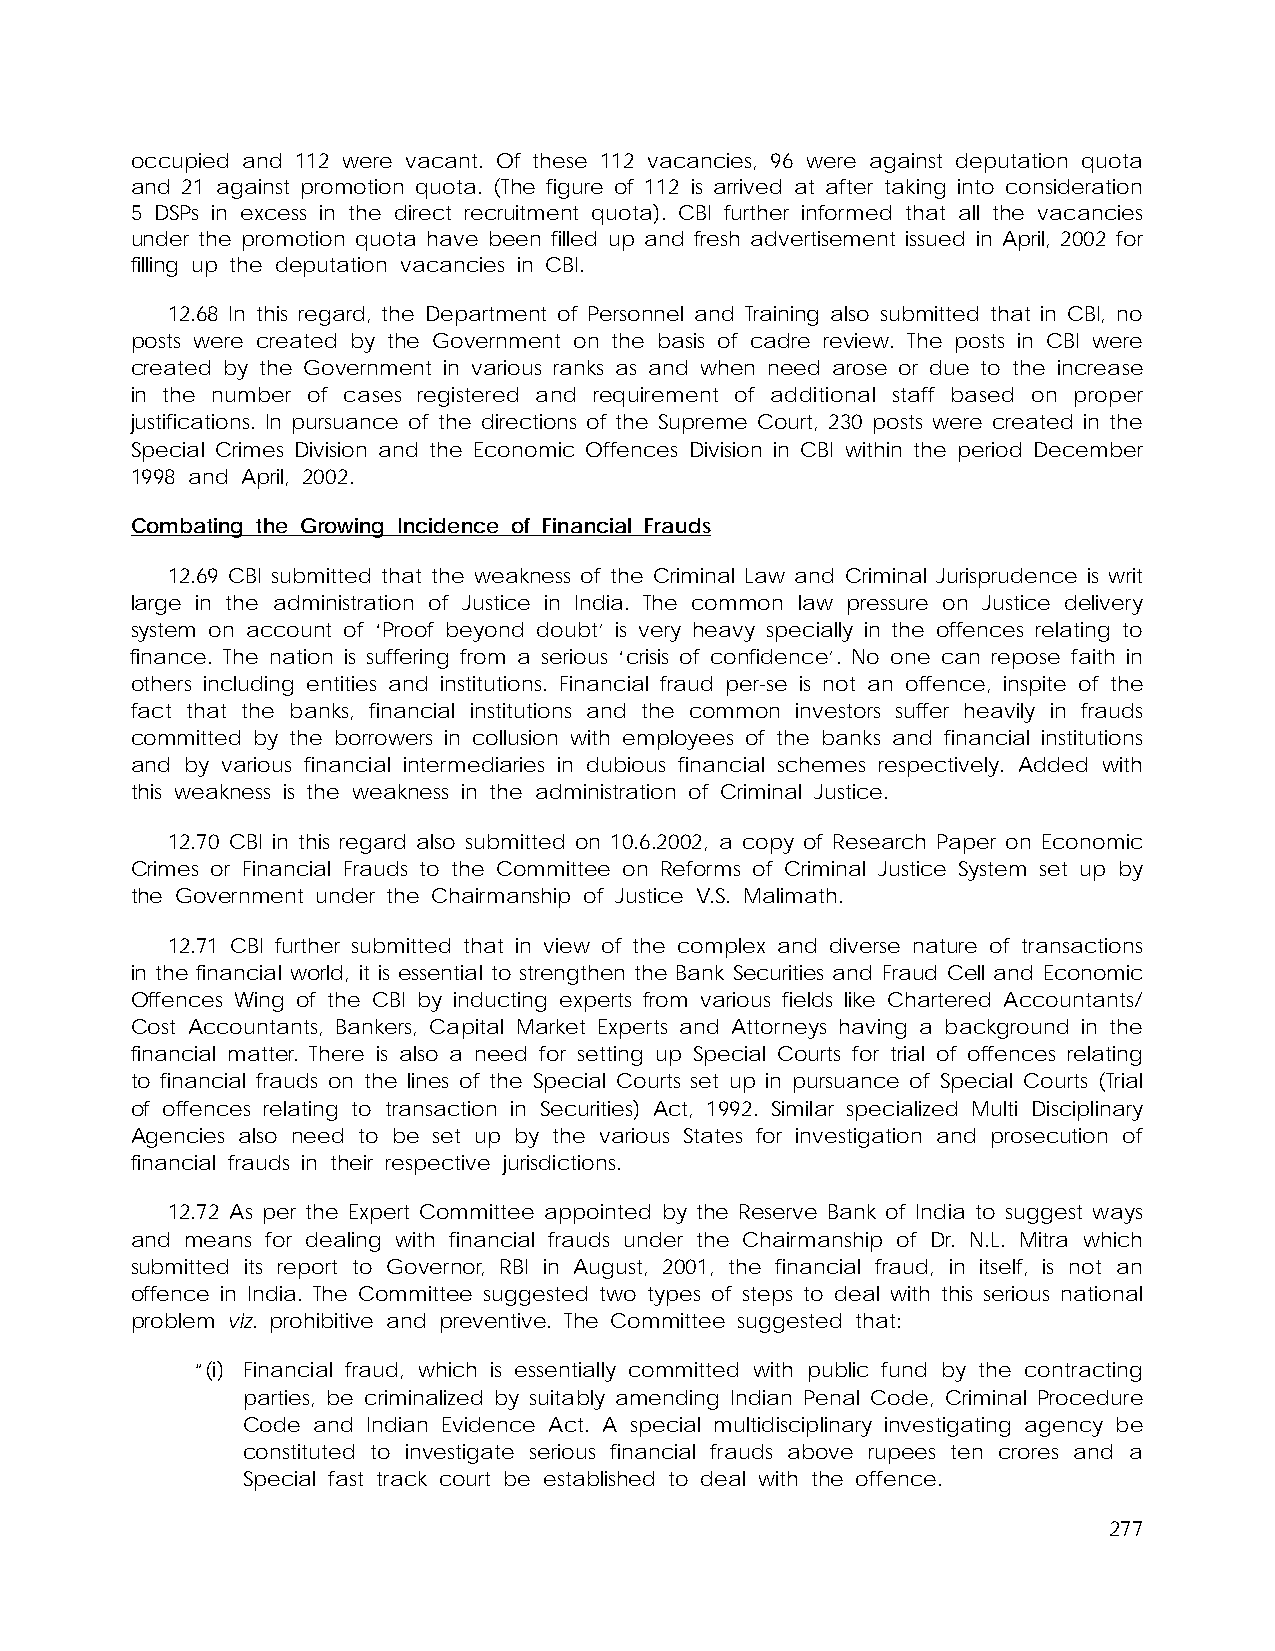
occupied and 112 were vacant. Of these 112 vacancies, 96 were against deputation quota
 and 21 against promotion quota. (The figure of 112 is arrived at after taking into consideration
 5 DSPs in excess in the direct recruitment quota). CBI further informed that all the vacancies
 under the promotion quota have been filled up and fresh advertisement issued in April, 2002 for
 filling up the deputation vacancies in CBI.
 12.68 In this regard, the Department of Personnel and Training also submitted that in CBI, no
 posts were created by the Government on the basis of cadre review. The posts in CBI were
 created by the Government in various ranks as and when need arose or due to the increase
 in the number of cases registered and requirement of additional staff based on proper
 justifications. In pursuance of the directions of the Supreme Court, 230 posts were created in the
 Special Crimes Division and the Economic Offences Division in CBI within the period December
 1998 and April, 2002.
 Combating the Growing Incidence of Financial Frauds
 12.69 CBI submitted that the weakness of the Criminal Law and Criminal Jurisprudence is writ
 large in the administration of Justice in India. The common law pressure on Justice delivery
 system on account of ‘Proof beyond doubt’ is very heavy specially in the offences relating to
 finance. The nation is suffering from a serious ‘crisis of confidence’. No one can repose faith in
 others including entities and institutions. Financial fraud per-se is not an offence, inspite of the
 fact that the banks, financial institutions and the common investors suffer heavily in frauds
 committed by the borrowers in collusion with employees of the banks and financial institutions
 and by various financial intermediaries in dubious financial schemes respectively. Added with
 this weakness is the weakness in the administration of Criminal Justice.
 12.70 CBI in this regard also submitted on 10.6.2002, a copy of Research Paper on Economic
 Crimes or Financial Frauds to the Committee on Reforms of Criminal Justice System set up by
 the Government under the Chairmanship of Justice V.S. Malimath.
 12.71 CBI further submitted that in view of the complex and diverse nature of transactions
 in the financial world, it is essential to strengthen the Bank Securities and Fraud Cell and Economic
 Offences Wing of the CBI by inducting experts from various fields like Chartered Accountants/
 Cost Accountants, Bankers, Capital Market Experts and Attorneys having a background in the
 financial matter. There is also a need for setting up Special Courts for trial of offences relating
 to financial frauds on the lines of the Special Courts set up in pursuance of Special Courts (Trial
 of offences relating to transaction in Securities) Act, 1992. Similar specialized Multi Disciplinary
 Agencies also need to be set up by the various States for investigation and prosecution of
 financial frauds in their respective jurisdictions.
 12.72 As per the Expert Committee appointed by the Reserve Bank of India to suggest ways
 and means for dealing with financial frauds under the Chairmanship of Dr. N.L. Mitra which
 submitted its report to Governor, RBI in August, 2001, the financial fraud, in itself, is not an
 offence in India. The Committee suggested two types of steps to deal with this serious national
 problem viz. prohibitive and preventive. The Committee suggested that:
 “(i) Financial fraud, which is essentially committed with public fund by the contracting
 parties, be criminalized by suitably amending Indian Penal Code, Criminal Procedure
 Code and Indian Evidence Act. A special multidisciplinary investigating agency be
 constituted to investigate serious financial frauds above rupees ten crores and a
 Special fast track court be established to deal with the offence.
 277